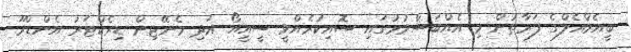
ބީއެމްއެލްގެ ފަރާތުން މި އެއްބަސްވުމުގައި ސޮއިކުރެއްވީ ސީއީއޯ އަދި މެނޭޖިން ޑިރެކްޓަރު އެންޑްރޫ